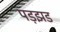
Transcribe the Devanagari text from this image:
पड़झड